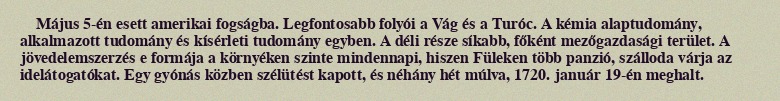
Május 5-én esett amerikai fogságba. Legfontosabb folyói a Vág és a Turóc. A kémia alaptudomány, alkalmazott tudomány és kísérleti tudomány egyben. A déli része síkabb, főként mezőgazdasági terület. A jövedelemszerzés e formája a környéken szinte mindennapi, hiszen Füleken több panzió, szálloda várja az idelátogatókat. Egy gyónás közben szélütést kapott, és néhány hét múlva, 1720. január 19-én meghalt.